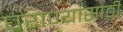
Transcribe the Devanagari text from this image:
घराण्यांसाठी